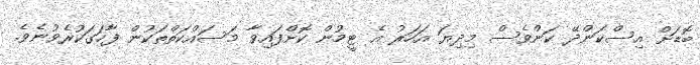
ބޮޑަށް އިސްކަންދޭ ކަންވެސް މިދިޔަ އަހަރު އެ ޓީމުން ކޮށްފައިވާ މަސައްކަތްތަކުން ފާހަގަކުރެވުނެވެ.